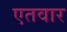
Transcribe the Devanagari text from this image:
एतवार